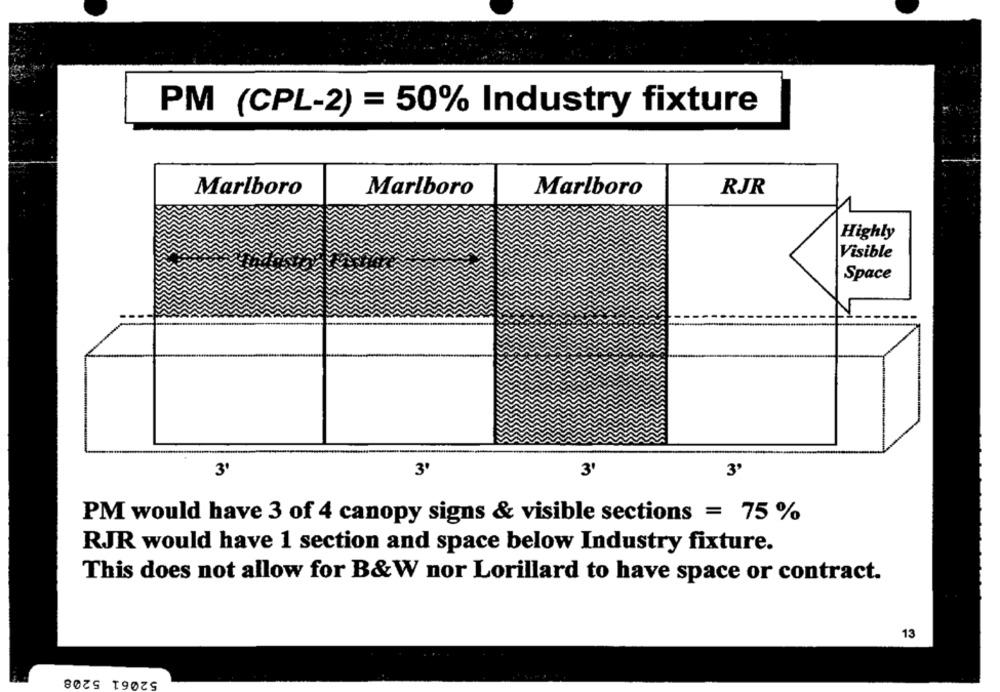
PM (CPL-2) = 50% Industry fixture
Marlboro
Marlboro
Marlboro
RJR
Highly
Visible
Space
3'
3'
3'
3'
PM would have 3 of 4 canopy signs & visible sections = 75 %
RJR would have 1 section and space below Industry fixture.
This does not allow for B&W nor Lorillard to have space or contract.
13
52061 5208